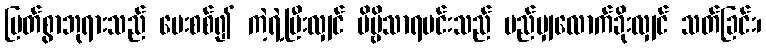
မြတ်စွာဘုရားသည် မေးစစ်၍ ကဲ့ရဲ့ပြီးလျှင် ဗိမ္ဗိသာရမင်းသည် မည်မျှလောက်ခိုးလျှင် သတ်ခြင်း၊